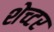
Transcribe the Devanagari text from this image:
शेच्टर